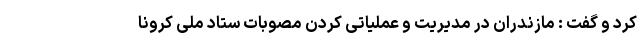
کرد و گفت : مازندران در مدیریت و عملیاتی کردن مصوبات ستاد ملی کرونا